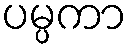
ပမ္ပကာ